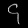
Digit: ၄